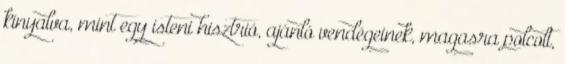
kinyalva, mint egy isteni hisztrió, ajánló vendégeinek, magasra polcolt,